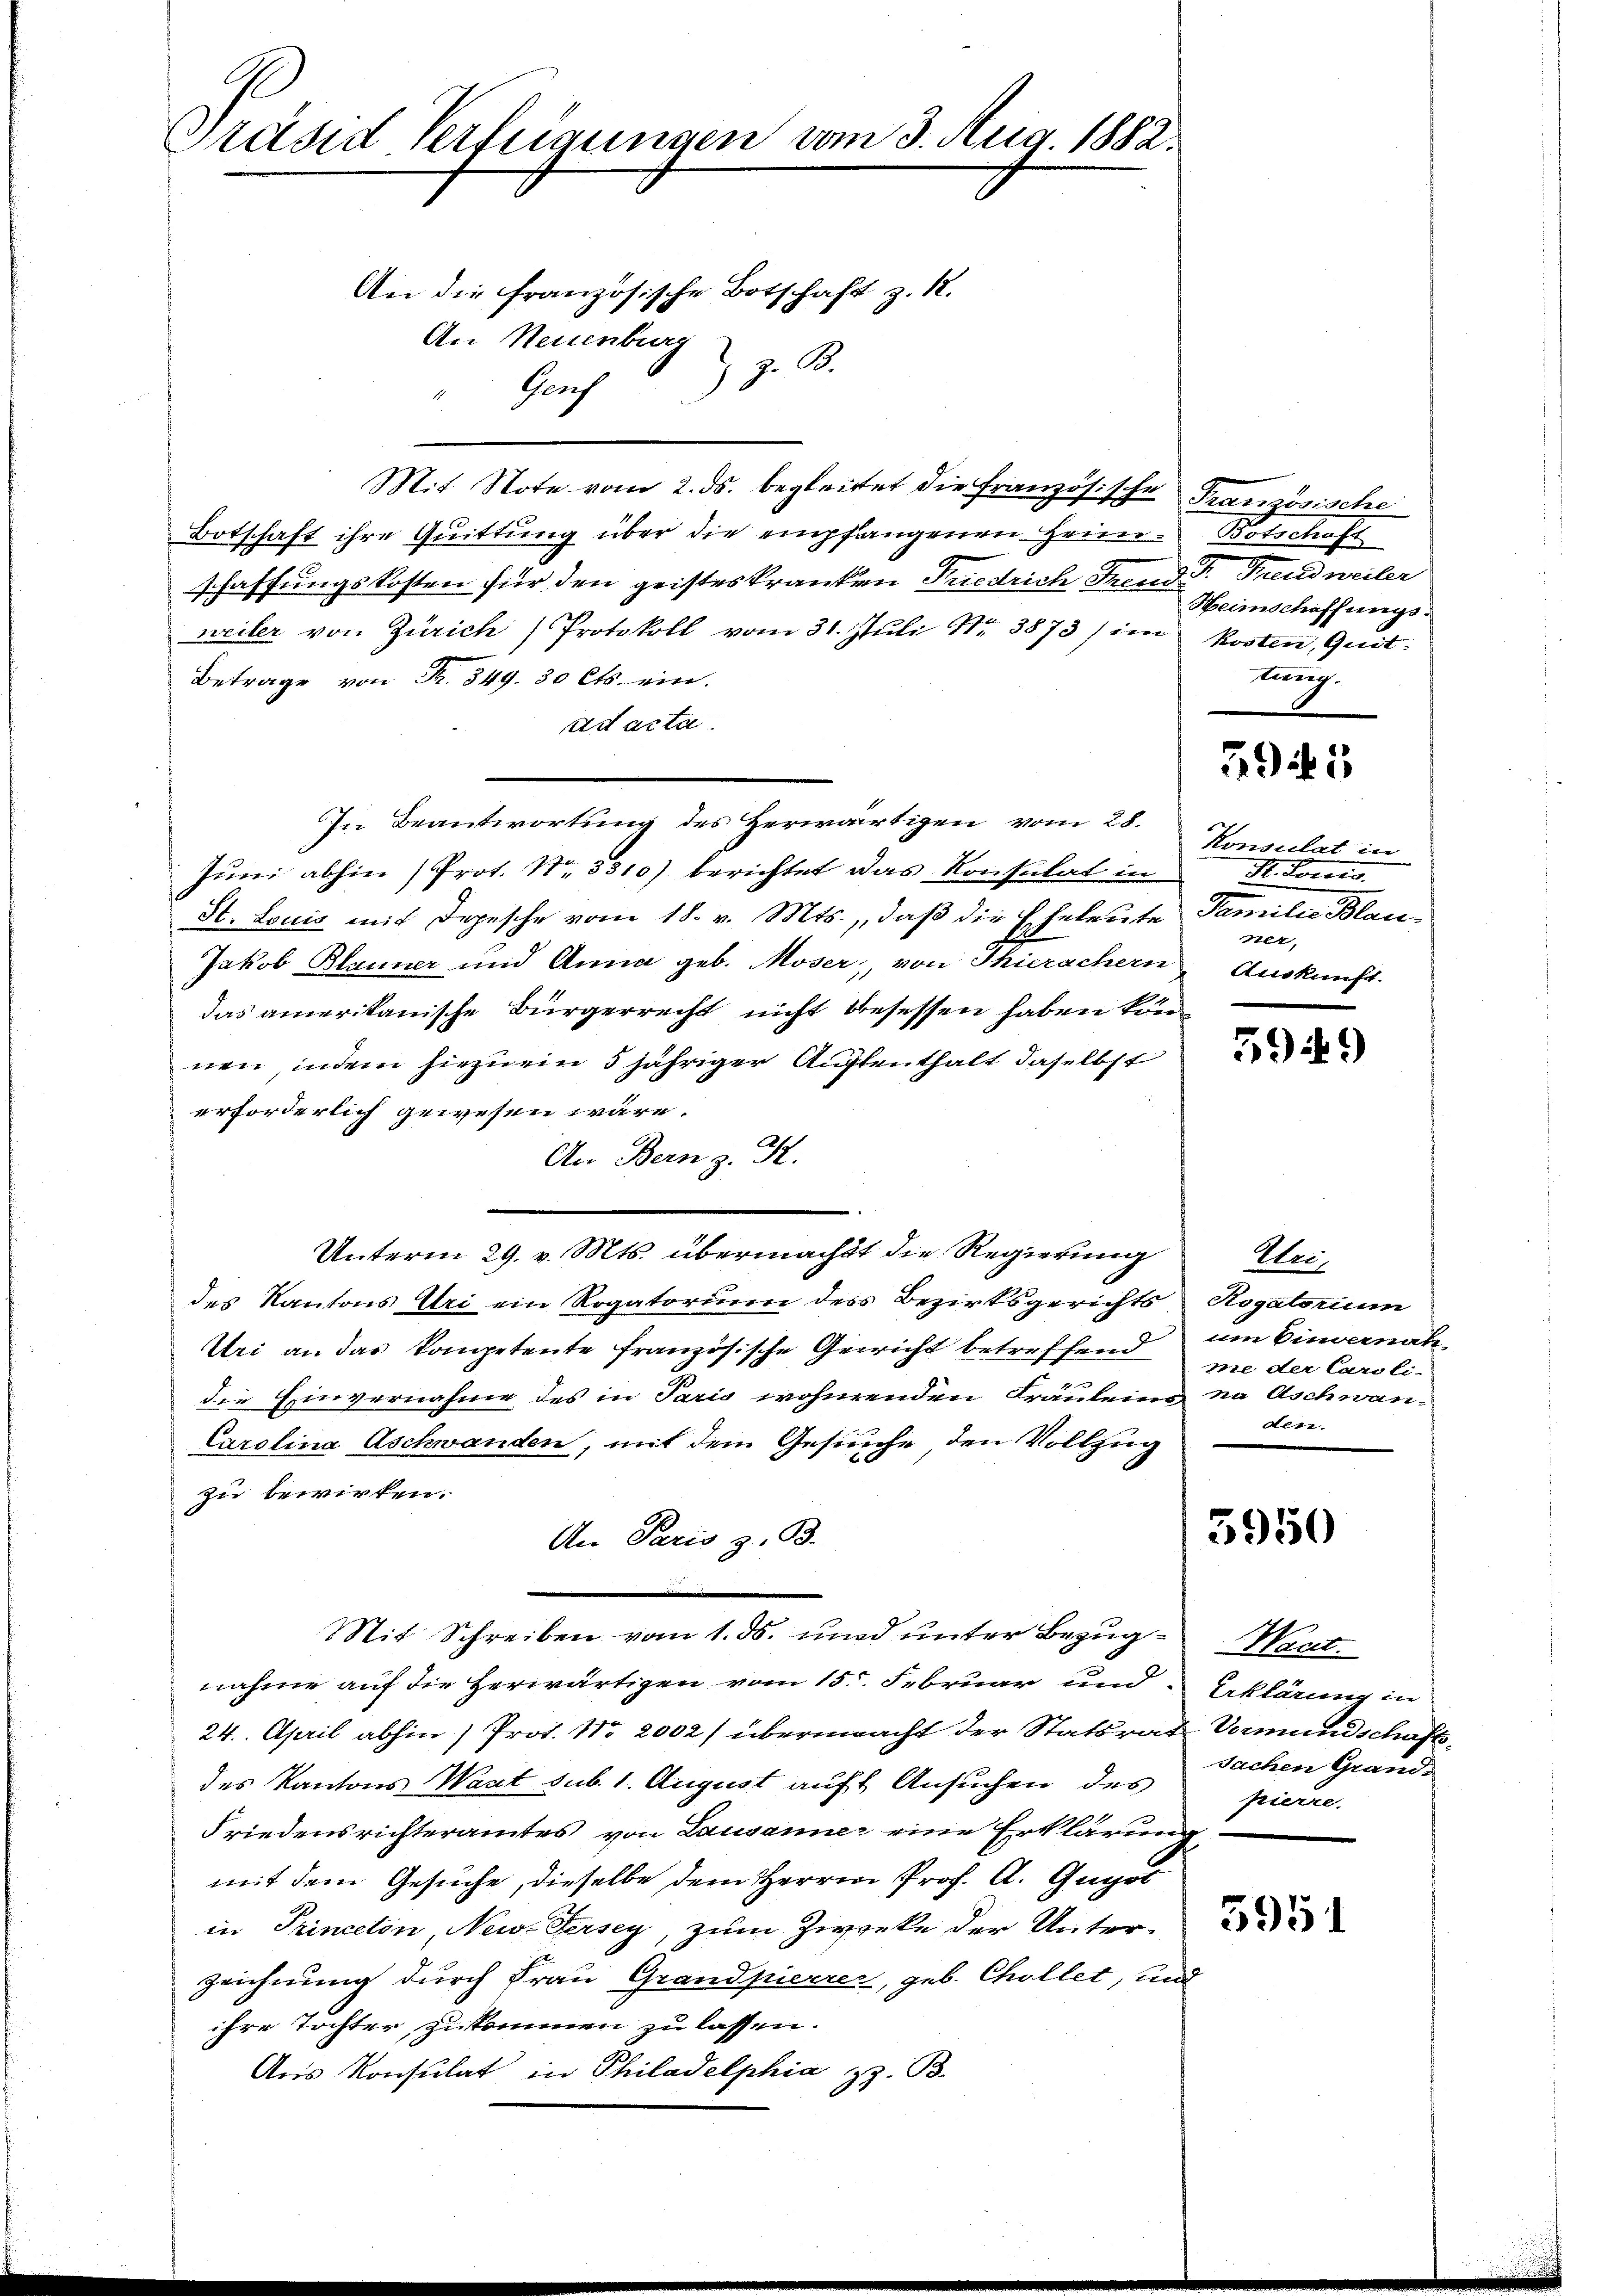
Präsid Verfügungen vom 3. Aug. 1882.
An die französische Botschaft z. 12.
An Neuenburg
 z. B.

Gach
Mit Note vom 2. ds. begleitet die Französische Französische
Botschaft ihre Quittung über die empfangenen Heim-Botschaft
schaffungskosten für den geisteskranken Friedrich Trend Dr. Freudweiler
weiler von Zürich) Protokoll vom 31. Juli Nr. 3873) im Kosten, Quit
Betrage von Fr. 349. 30 Cts. ein.
ad acta
In Beantwortung des Herwärtigen vom 28.
Juni abhin (Prot. Nr. 3310) berichtet das Konsulat in St. Louis
St. Louis mit Depesche vom 18. v. Mts., daß die Eheleute Familie Blau¬
Jakob Blauner und Anna geb. Moser, von Thierachern Auskunft.
das amerikanische Bürgerrecht nicht besessen haben können, indem hiezu ein 5 jähriger Auffenthalt daselbst
erforderlich gewesen wäre.
An Bern z. K.
Unterm 29. v. Mts. übermacht die Regierung
des Kantons Uri ein Rogatorium des Bezirksgerichts Rogatorium
Uri an das kompetente französische Gewicht betreffend
die Einvernahme des in Paris wohnenden Fräuleins na Aschwan-
Carolina Aschwanden, mit dem Gesuche den Vollzug
zu bewirken.
An Paris z. B.
Mit Schreiben vom 1. ds. und unter Bezug - Wart
nahme auf die Herwärtigen vom 15. Februar und Erklärung in
24. April abhin) Prot. No 2002) übermacht der Statsrat Vormundschaftsdes Kantons Wart sub. 1. August auf Ansuchen des
Friedensrichteramtes von Lausanne eine Erklärung,
mit dem Gesuche, dieselbe dem Herrn Prof. A. Gugol
in Princeton, News Fersey, zum Zwecke der Unter-
zeichnung durch Frau Grandpierrer, geb. Chollet, und
ihre Tochter zukommen zu lassen.
Anis Konsulat in Philadelphia z. B.

Heimschaffungstung.

295

Konsulat in
ner.

Uri,
um Einvernah
wie der Caroli-
den.

5950

Sachen Grand
pierre.